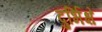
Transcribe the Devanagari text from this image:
दुर्भिक्षे